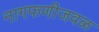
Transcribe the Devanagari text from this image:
नागफणीजवळ